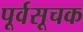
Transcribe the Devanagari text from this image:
पूर्वसूचक